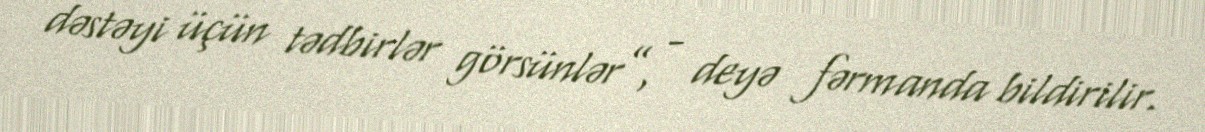
dəstəyi üçün tədbirlər görsünlər”, - deyə fərmanda bildirilir.